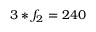
3 * f _ { 2 } = 2 4 0